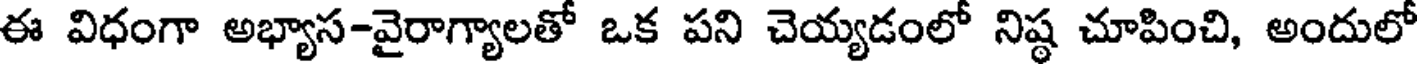
ఈ విధంగా అభ్యాస-వైరాగ్యాలతో ఒక పని చెయ్యడంలో నిష్ఠ చూపించి, అందులో